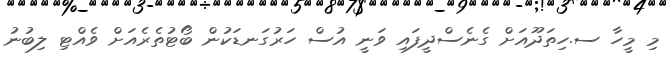
މި މީހާ ސ.ހިތަދޫއަށް ގެނެސްދީފައި ވަނީ އުސް ހަރުގަނޑަކުން ބޯޓުތެރެއަށް ވެއްޓި ލިބުނު